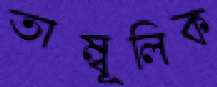
তাম্বূলিক